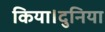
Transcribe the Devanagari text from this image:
किया।दुनिया